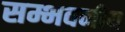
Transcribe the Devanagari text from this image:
सम्भवनीय